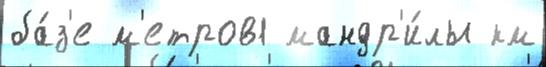
ба́з'е м'етров1 мандр'и́лы км